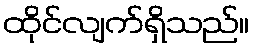
ထိုင်လျက်ရှိသည်။